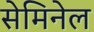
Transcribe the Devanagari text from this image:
सेमिनेल